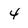
Character: 4